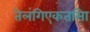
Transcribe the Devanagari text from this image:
तेलंगिएकतसिा